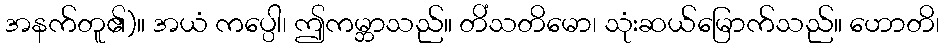
အနက်တူ၏)။ အယံ ကပ္ပေါ၊ ဤကမ္ဘာသည်။ တိံသတိမော၊ သုံးဆယ်မြောက်သည်။ ဟောတိ၊